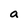
Character: a